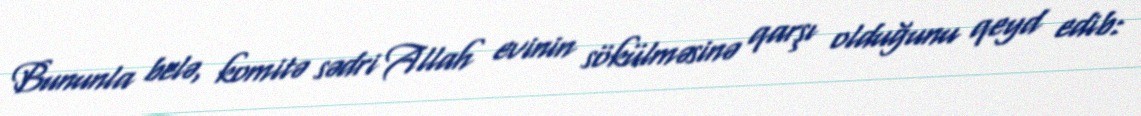
Bununla belə, komitə sədri Allah evinin sökülməsinə qarşı olduğunu qeyd edib: